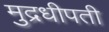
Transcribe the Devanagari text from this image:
मुद्रधीपती